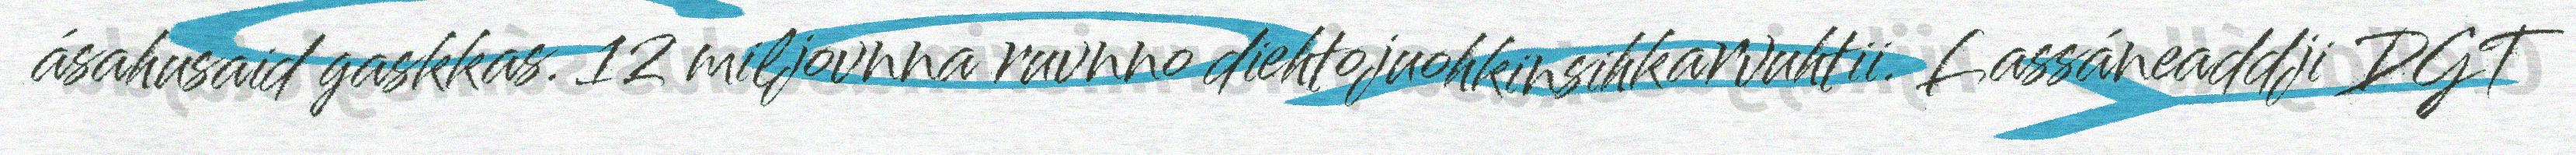
ásahusaid gaskkas. 12 miljovnna ruvnno diehtojuohkinsihkarvuhtii. Lassáneaddji DGT